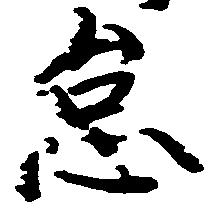
怠